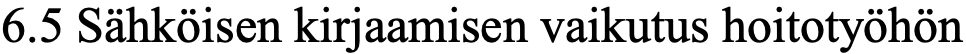
6.5 Sähköisen kirjaamisen vaikutus hoitotyöhön